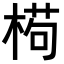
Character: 𣕉